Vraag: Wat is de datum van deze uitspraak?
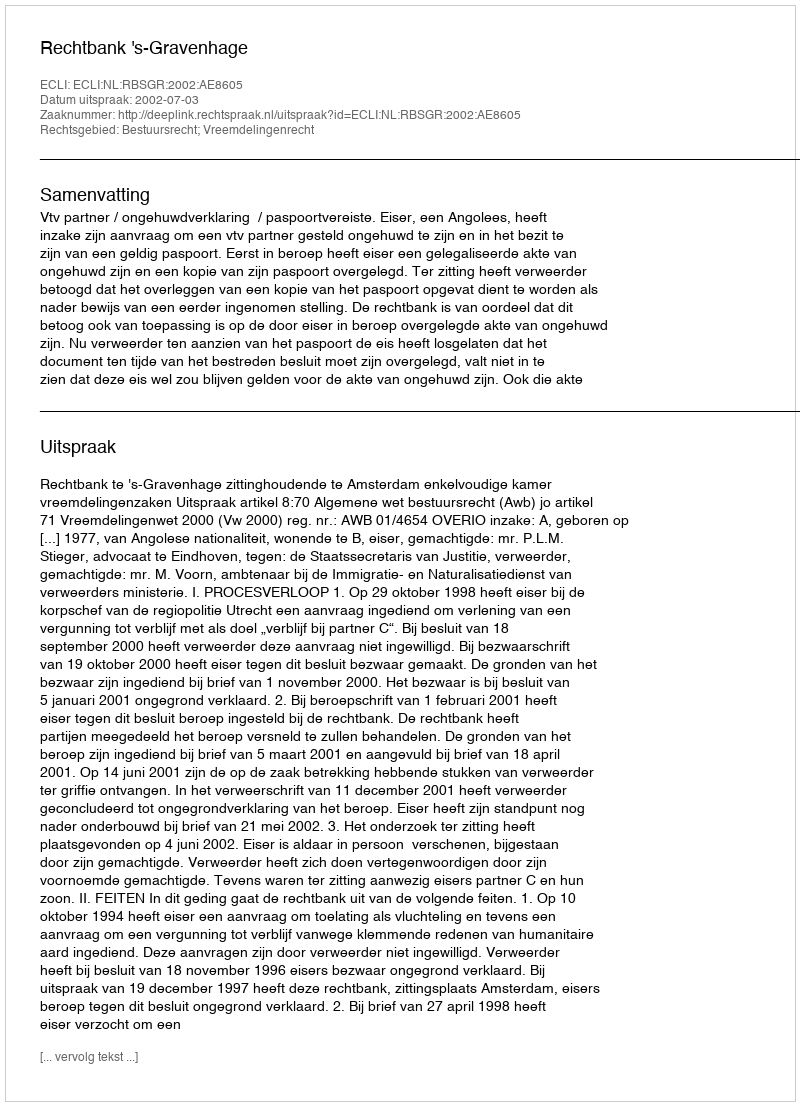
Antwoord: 2002-07-03